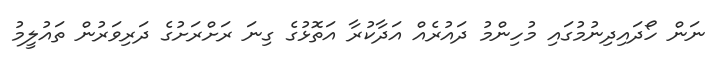
ނަން ހޯދައިދިނުމުގައި މުހިންމު ދައުރެއް އަދާކުރާ އަތޮޅުގެ ގިނަ ރަށްރަށުގެ ދަރިވަރުން ތައުލީމު